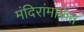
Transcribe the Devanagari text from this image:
मंदिरांमार्फत